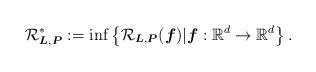
LaTeX: \begin{align*}\mathcal R_{\boldsymbol{L}, \boldsymbol{P}}^* := \inf \left\{ \mathcal R_{\boldsymbol{L}, \boldsymbol{P}}(\boldsymbol{f}) | \boldsymbol{f} : \mathbb R^d \to \mathbb R^d \right\}.\end{align*}